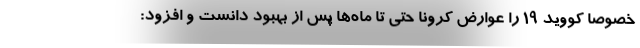
خصوصا کووید ۱۹ را عوارض کرونا حتی تا ماه‌ها پس از بهبود دانست و افزود: